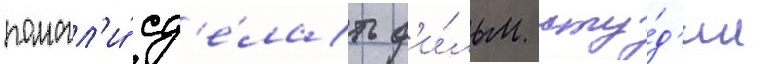
помогл'и́ сд'е́лать ф'и́льм сту́д'ии